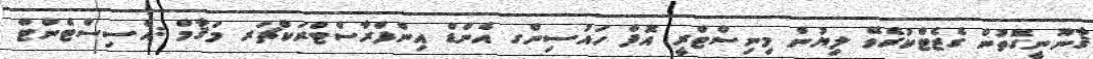
ޤާނޫނީގޮތުން ގެޒެޓްކުރެވޭ ލިޔުން މިނިސްޓްރީ އޮފް ހައުސިންގ އެންޑް އިންފްރާސްޓްރަކްޗަރ މަޤާމް :އެސިސްޓެންޓް